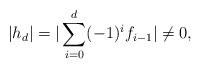
LaTeX: \begin{align*} |h_d|=|\sum_{i=0}^{d} (-1)^i f_{i-1}|\neq 0, \end{align*}